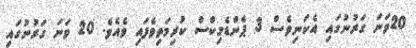
20ވަނަ ގަރުނުގައި އެކަނިވެސް 3 ޕެންޑެމިކްސް ކުރިމަތިވެފައި ވެއެވެ. 20 ވަނަ ގަރުނުގައި